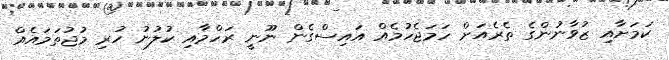
ކަމަށާއި ޒުވާނުންގެ ތެރެއަށް ހަމަޖެހުމެއް އައިސްގެން ނޫނީ ރަހްމާއި ކުލުނު ހުރި މުޖުތަމައެއް